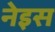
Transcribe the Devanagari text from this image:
नेइस